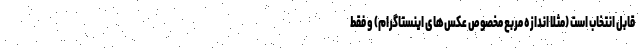
قابل انتخاب است (مثلا اندازه مربع مخصوص عکس‌های اینستاگرام) و فقط